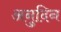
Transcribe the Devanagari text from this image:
अनुदिन